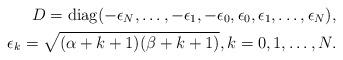
LaTeX: \begin{align*} D= \operatorname{diag} (-\epsilon_N,\ldots,-\epsilon_1,-\epsilon_0,\epsilon_0,\epsilon_1,\ldots,\epsilon_{N}), \\ \epsilon_{k}=\sqrt{(\alpha+k+1)(\beta+k+1)},k=0,1,\ldots,N. \end{align*}